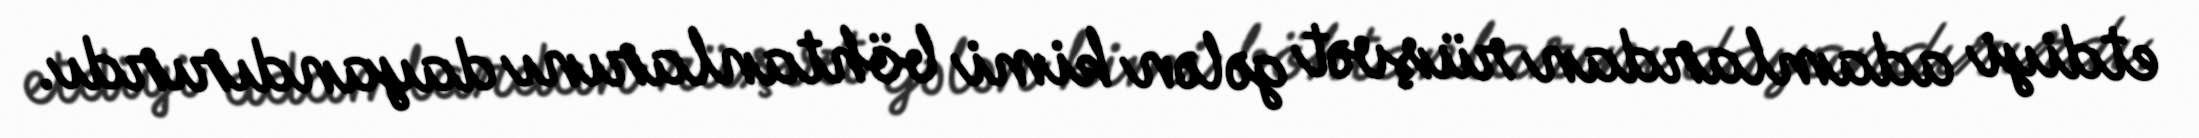
etdiyi adamlardan rüşvət gələn kimi böhtanlarını dayandırırdı.